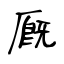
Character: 厩